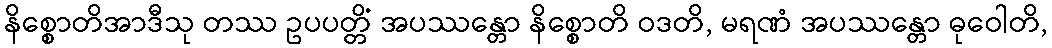
နိစ္စောတိအာဒီသု တဿ ဥပပတ္တိံ အပဿန္တော နိစ္စောတိ ဝဒတိ, မရဏံ အပဿန္တော ဓုဝေါတိ,